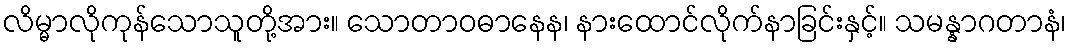
လိမ္မာလိုကုန်သောသူတို့အား။ သောတာဝဓာနေန၊ နားထောင်လိုက်နာခြင်းနှင့်။ သမန္နာဂတာနံ၊